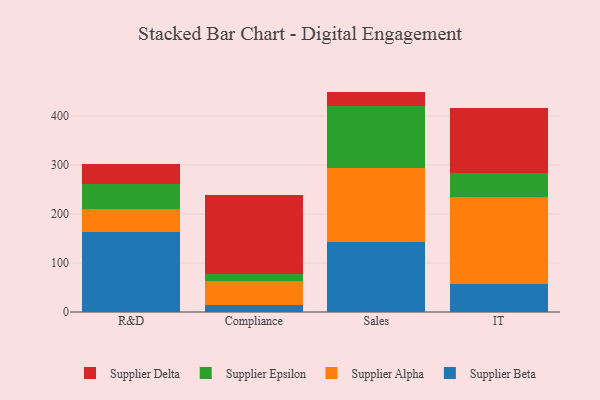
{"axis": {"x": "Department", "y": "Humidity (%)"}, "legend": ["Supplier Alpha", "Supplier Beta", "Supplier Delta", "Supplier Epsilon"], "data": [{"x": "R&D", "y": 162.6, "type": "Supplier Beta"}, {"x": "R&D", "y": 48.3, "type": "Supplier Alpha"}, {"x": "R&D", "y": 50.5, "type": "Supplier Epsilon"}, {"x": "R&D", "y": 40.9, "type": "Supplier Delta"}, {"x": "Compliance", "y": 15.3, "type": "Supplier Beta"}, {"x": "Compliance", "y": 48.9, "type": "Supplier Alpha"}, {"x": "Compliance", "y": 13.5, "type": "Supplier Epsilon"}, {"x": "Compliance", "y": 160.5, "type": "Supplier Delta"}, {"x": "Sales", "y": 142.3, "type": "Supplier Beta"}, {"x": "Sales", "y": 151.7, "type": "Supplier Alpha"}, {"x": "Sales", "y": 127.5, "type": "Supplier Epsilon"}, {"x": "Sales", "y": 28.5, "type": "Supplier Delta"}, {"x": "IT", "y": 58.0, "type": "Supplier Beta"}, {"x": "IT", "y": 176.8, "type": "Supplier Alpha"}, {"x": "IT", "y": 49.5, "type": "Supplier Epsilon"}, {"x": "IT", "y": 131.9, "type": "Supplier Delta"}]}